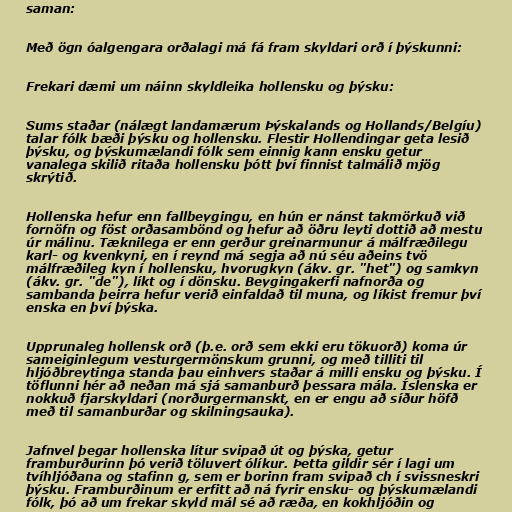
saman:

Með ögn óalgengara orðalagi má fá fram skyldari orð í þýskunni:

Frekari dæmi um náinn skyldleika hollensku og þýsku:

Sums staðar (nálægt landamærum Þýskalands og Hollands/Belgíu)
talar fólk bæði þýsku og hollensku. Flestir Hollendingar geta lesið
þýsku, og þýskumælandi fólk sem einnig kann ensku getur
vanalega skilið ritaða hollensku þótt því finnist talmálið mjög
skrýtið.

Hollenska hefur enn fallbeygingu, en hún er nánst takmörkuð við
fornöfn og föst orðasambönd og hefur að öðru leyti dottið að mestu
úr málinu. Tæknilega er enn gerður greinarmunur á málfræðilegu
karl- og kvenkyni, en í reynd má segja að nú séu aðeins tvö
málfræðileg kyn í hollensku, hvorugkyn (ákv. gr. "het") og samkyn
(ákv. gr. "de"), líkt og í dönsku. Beygingakerfi nafnorða og
sambanda þeirra hefur verið einfaldað til muna, og líkist fremur því
enska en því þýska.

Upprunaleg hollensk orð (þ.e. orð sem ekki eru tökuorð) koma úr
sameiginlegum vesturgermönskum grunni, og með tilliti til
hljóðbreytinga standa þau einhvers staðar á milli ensku og þýsku. Í
töflunni hér að neðan má sjá samanburð þessara mála. Íslenska er
nokkuð fjarskyldari (norðurgermanskt, en er engu að síður höfð
með til samanburðar og skilningsauka).

Jafnvel þegar hollenska lítur svipað út og þýska, getur
framburðurinn þó verið töluvert ólíkur. Þetta gildir sér í lagi um
tvíhljóðana og stafinn g, sem er borinn fram svipað ch í svissneskri
þýsku. Framburðinum er erfitt að ná fyrir ensku- og þýskumælandi
fólk, þó að um frekar skyld mál sé að ræða, en kokhljóðin og